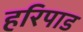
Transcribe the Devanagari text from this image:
हरिपाड